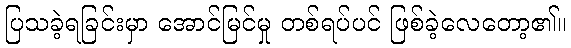
ပြသခဲ့ရခြင်းမှာ အောင်မြင်မှု တစ်ရပ်ပင် ဖြစ်ခဲ့လေတော့၏။